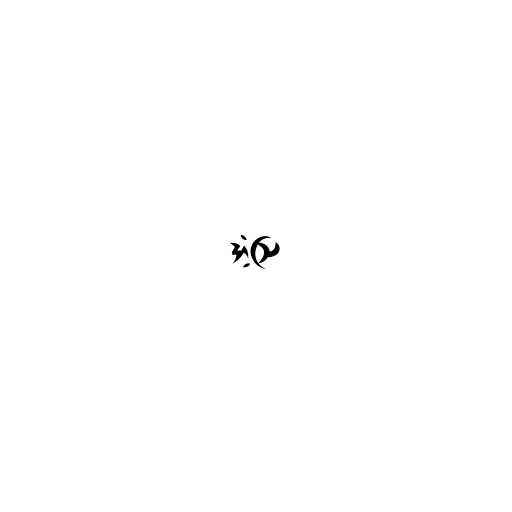
အံ့ဩ